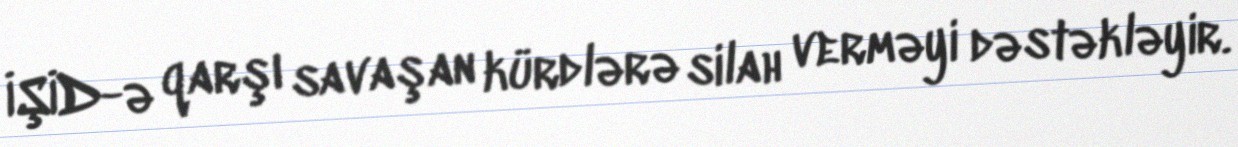
İŞİD-ə qarşı savaşan kürdlərə silah verməyi dəstəkləyir.